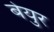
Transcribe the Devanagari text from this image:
बेयुर